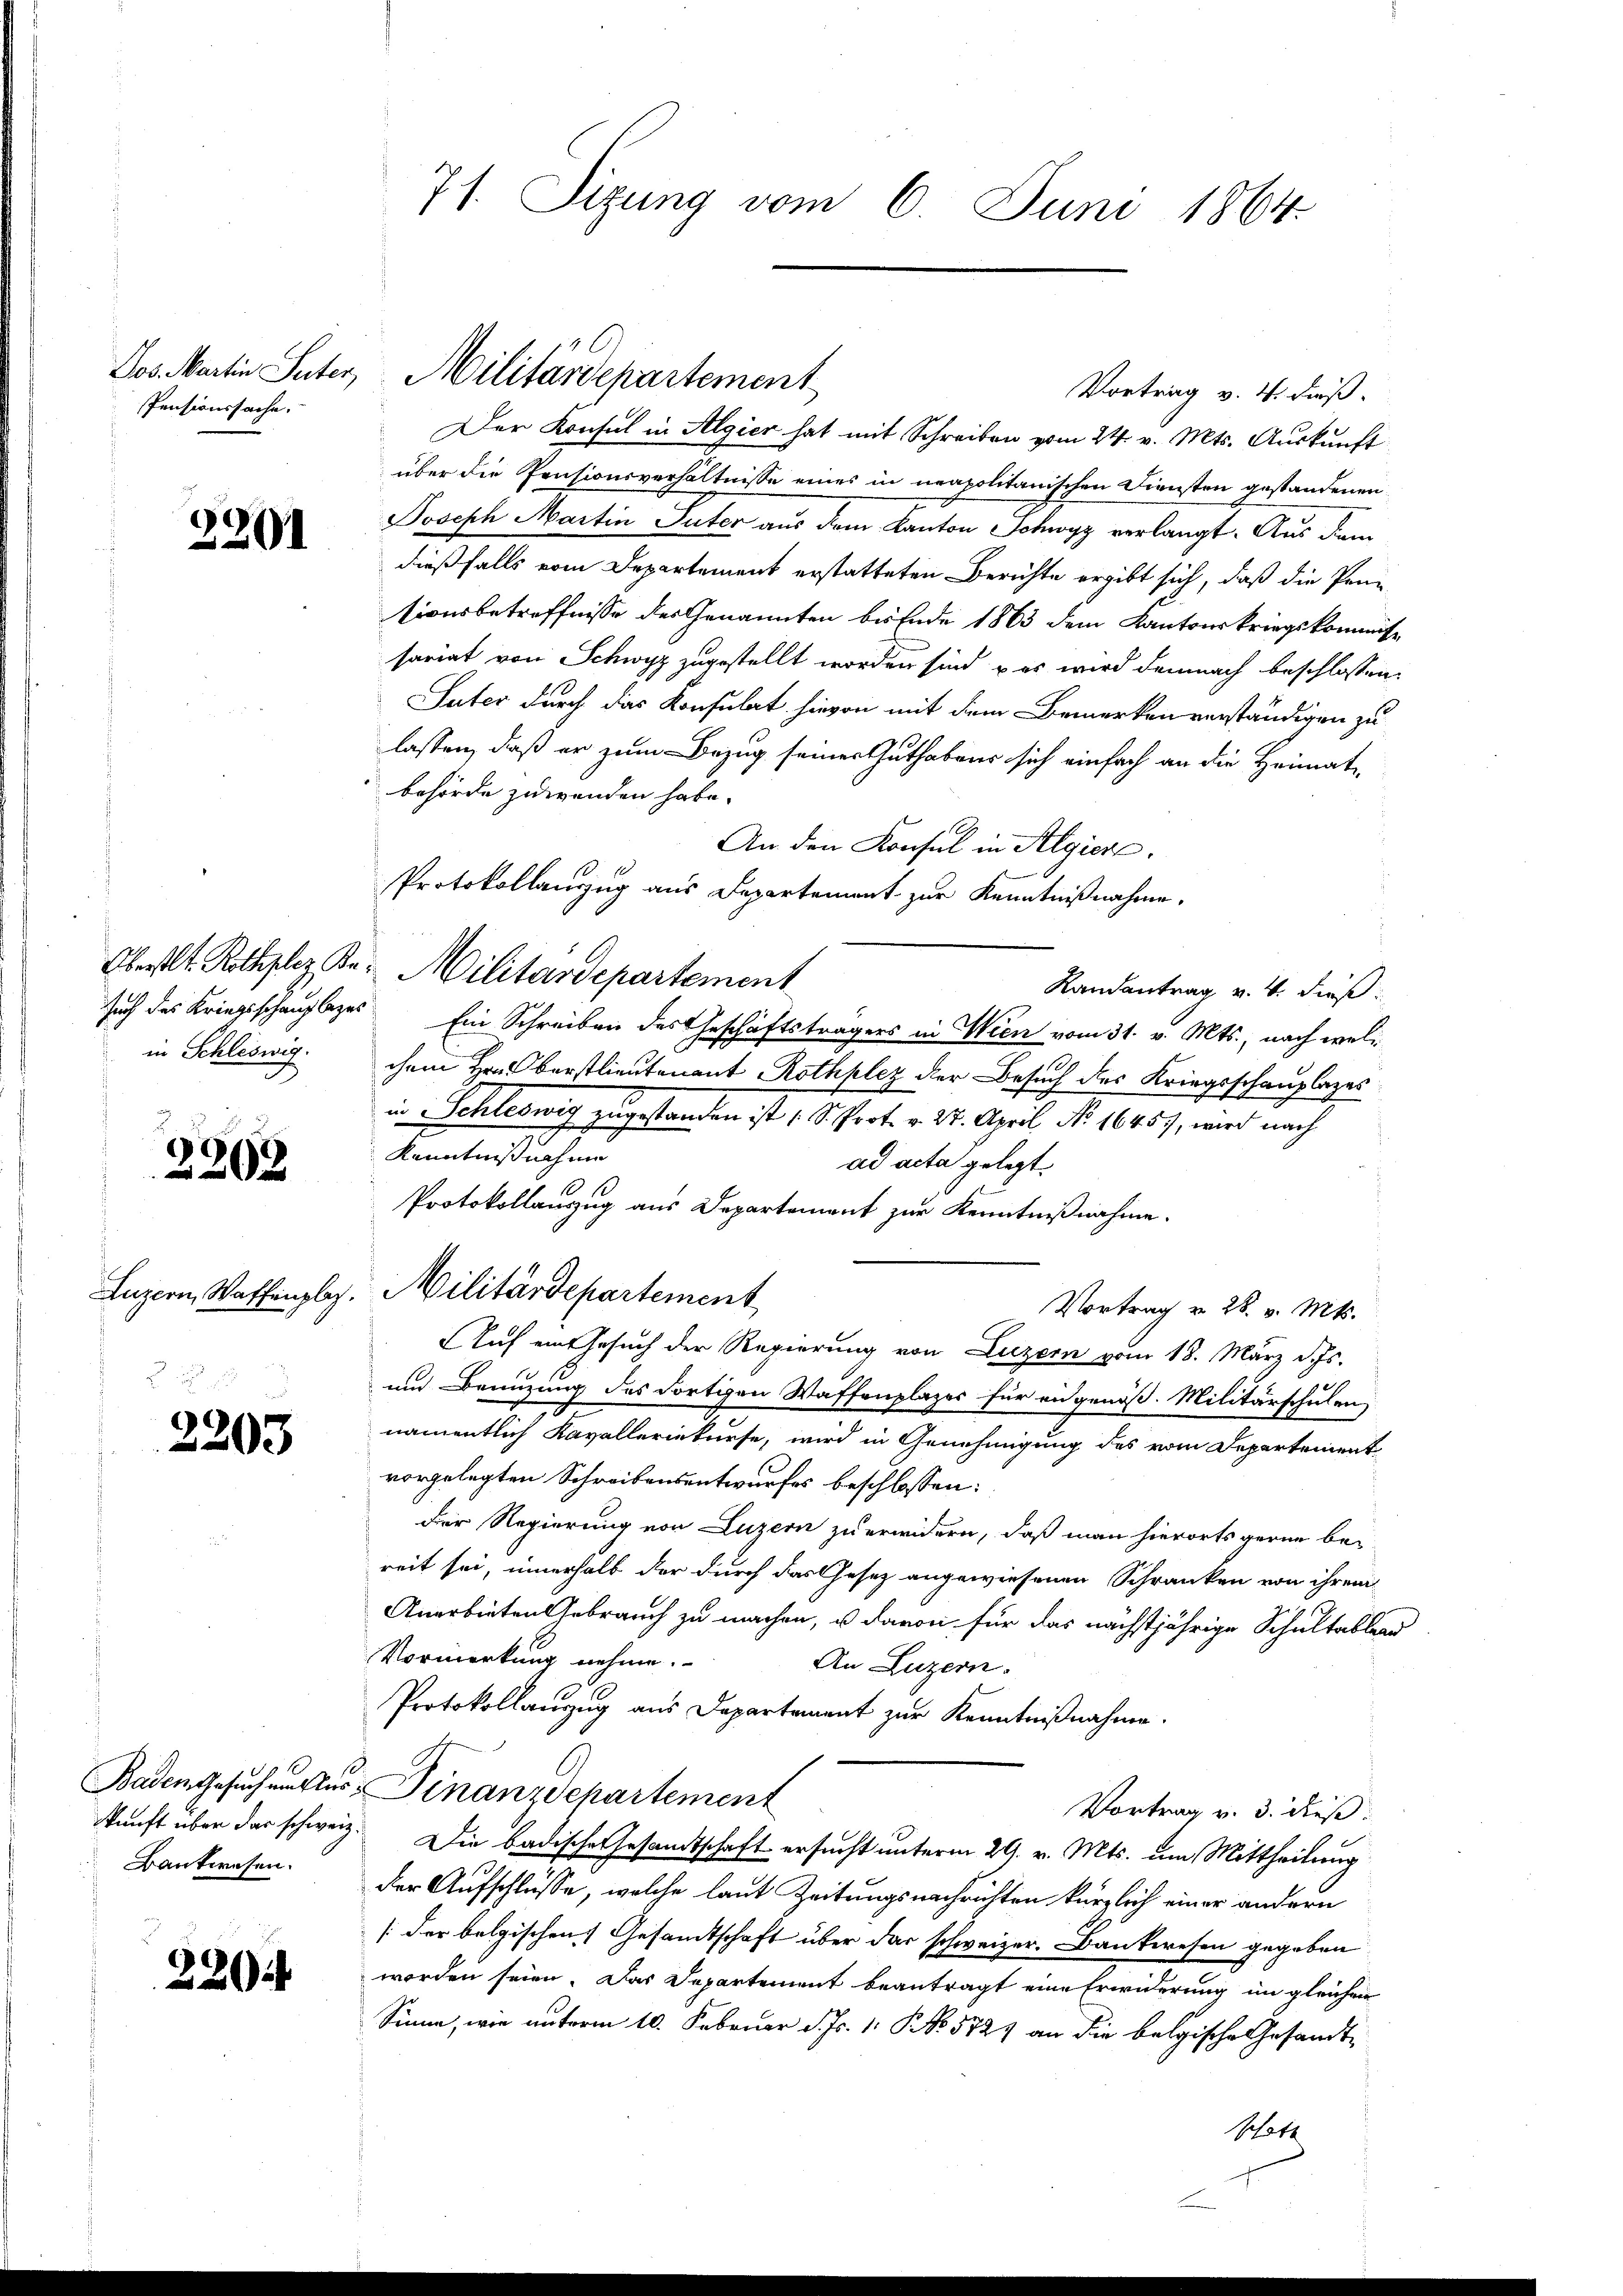
Dos. Martin Seiter,
Pensionssache.

2201

in Schleswig.

2202

Luzern, Waffenplaz.

2203

Bankwesen.

220

71. Sizung vom 6. Juni 1864.

Der Konsul in Algier hat mit Schreiben vom 24. v. Mts. Auskunft
über die Pensionsverhältnisse eines in neapolitanischen Diensten gestandenen
Joseph Martin Guter aus dem Kanton Schwyz verlangt. Aus dem
dießfalls vom Departement erstatteten Berichte ergibt sich, daß die Pentionsbetreffnisse des Genannten bis Ende 1863 dem Kantonskriegskommiss
sariat von Schwyz zugestellt worden sind, das wird demnach beschlossen:
Suter durch das Konsulat hievon mit dem Bemerken verständigen zu
lassen, daß er zum Bezug seiner Guthaben sich einfach an die Heimat-
behörde zuwenden habe.
An den Konsul in Algiere.
Protokollanzug aus Departement zur Kenntnißnahme.
Landantrag v. 4. dieß:
such des Kriegsschauplages Ein Schreiben des Geschäftsträgers in Wien vom 31. v. Mts., nach wel¬
C
chem Hrn. Berstlieutenant Rothklez der Besuch des Kriegsschauplazes
in Schleswig zugestanden ist d. d. Prot. v. 28. April No. 16457, wird nach
Kenntnißnahme
ad acta gelegt.
s
Protokollauszug aus Departement zur Kenntnißnahme.
Militärdepartement
Vortrag v. 28. v. Mts.
Auf ein Gesuch der Regierung von Luzern vom 18. März d. Js.
und Branzung des dortigen Waffenplazer für ein genöß. Militärschulen
namentlich Kavalleriekurse, wird in Genehmigung des vom Departement
vorgelegten Schreibensentwurfes beschlossen:
Der Regierung von Luzern zu erwidern, daß man hierorts gerne be-
reit sei, innerhalb der durch das Gesetz angewiesenen Schranken von ihrem
Anerbieten Gebrauch zu machen, u davon für das nächstjährige Schultablend
Vormerkung nehme.
An Luzern.
Protokollauszug aus Departement zur Kenntnißnahme.
Baden Gesuchenster Finanzdepartement
Vortrag v. 3. dieß:
kunft über das schweiz. Die badische Gesandtschaft ersucht unterm 29. v. Mts. um Mittheilung
der Aufschlüsse, welche laut Zeitungsnachrichten kürzlich einer andern
[der belgischen Gesandtschaft über das schweizer. Bankwesen gegeben
worden seien. Das Departement beantragt eine Erwiderung im gleichen
Sinne, wie unterm 10. Februar d. Js. 1. NNo. 572) an die belgische Gesandtschott

Militärdepartement

Oberst. Rothzler K. Militärdepartement

Vortrag v. 4. dieß.